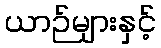
ယာဉ်များနှင့်